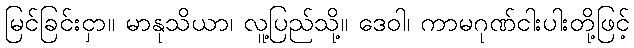
မြင်ခြင်းငှာ။ မာနုသိယာ၊ လူ့ပြည်သို့။ ဒေဝါ၊ ကာမဂုဏ်ငါးပါးတို့ဖြင့်